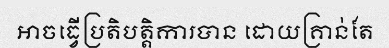
អាចធ្វើប្រតិបត្តិការបាន ដោយគ្រាន់តែ